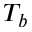
T _ { b }